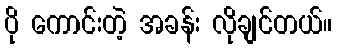
ပို ကောင်းတဲ့ အခန်း လိုချင်တယ်။